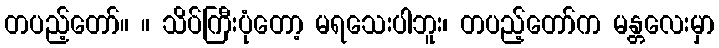
တပည့်တော်။ ။ သိပ်ကြီးပုံတော့ မရသေးပါဘူး၊ တပည့်တော်က မန္တလေးမှာ